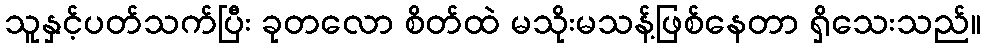
သူနှင့်ပတ်သက်ပြီး ခုတလော စိတ်ထဲ မသိုးမသန့်ဖြစ်နေတာ ရှိသေးသည်။